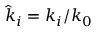
{ \hat { k } } _ { i } = k _ { i } / k _ { 0 }